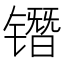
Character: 𰾷